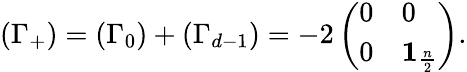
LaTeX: \left(\Gamma_{+}\right)=\left(\Gamma_{0}\right)+\left(\Gamma_{d-1}\right)=-2\left(\begin{array}{ll}{{0}}&{{0}}\\ {{0}}&{{\mathbf{1}_{\frac{n}{2}}}}\end{array}\right).